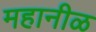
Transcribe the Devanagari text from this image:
महानीळ